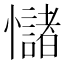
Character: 𢥃